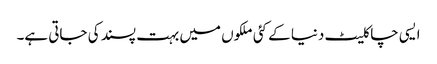
ایسی چاکلیٹ دنیا کے کئی ملکوں میں بہت پسند کی جاتی ہے۔